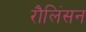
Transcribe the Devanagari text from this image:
रौलिंसन